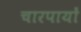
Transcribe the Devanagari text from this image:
चारपायों